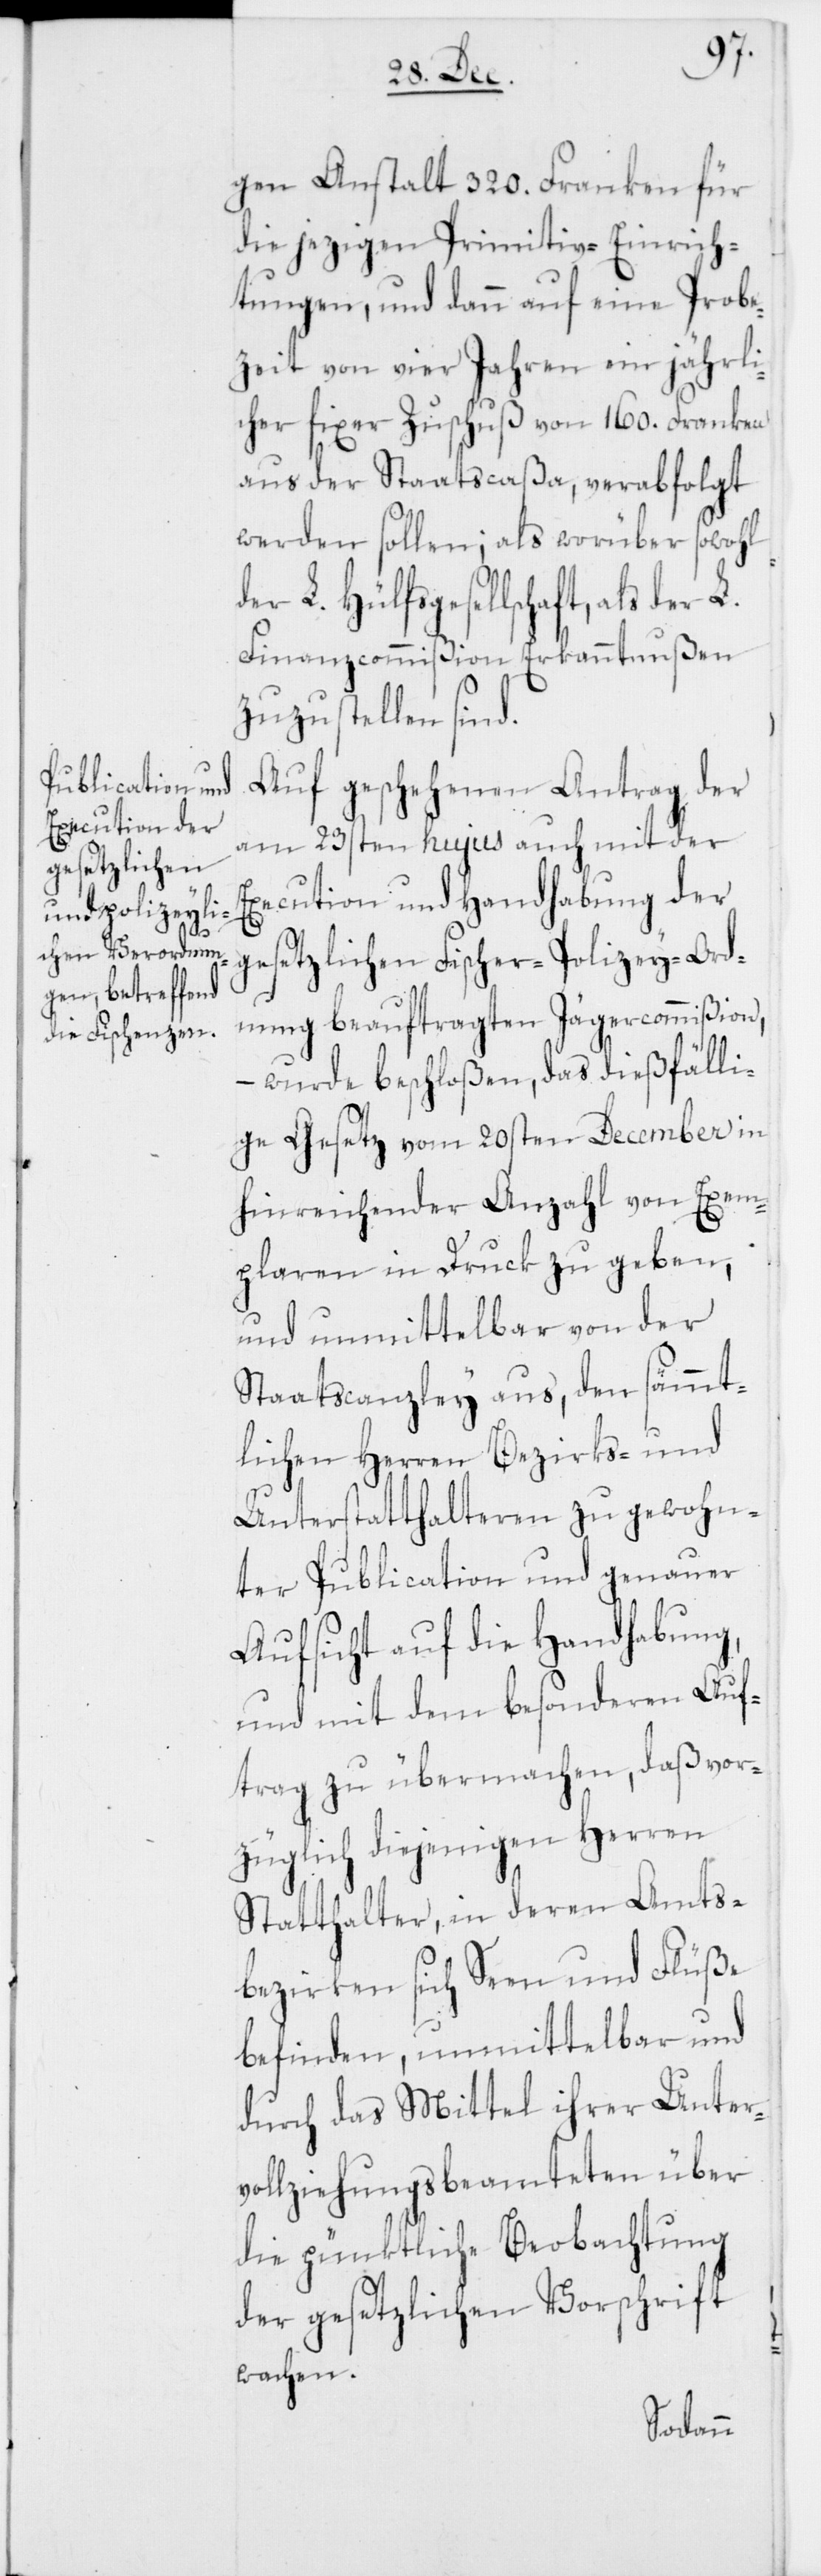
gen Anstalt 320. Franken für
die jezigen Primitiv-Einrich¬
tungen, und dann auf eine Probe¬
zeit von vier Jahren ein jährli¬
cher fixer Zuschuß von 160. Franken
aus der Staatscaßa, verabfolgt
werden sollen; als worüber sowohl
L. Hülfsgesellschaft, als der L.
Finanzcommißion Erkanntnußen
zuzustellen sind.
Auf geschehenen Antrag der
am 23sten hujus auch mit der
Execution und Handhabung der
gesetzlichen Fischer-Polizey-Ord¬
nung beauftragten Jägercommißion,
– wurde beschloßen, das dießfälli¬
ge Gesetz vom 20sten December in
hinreichender Anzahl von Exem¬
plaren in Druck zu geben,
und unmittelbar von der
Staatscanzley aus, den sämmt¬
lichen Herren Bezirks- und
Unterstatthalteren zu gewohn¬
ter Publication und genauer
Aufsicht auf die Handhabung,
und mit dem besonderen Auf¬
trag zu übermachen, daß vor¬
züglich diejenigen Herren
Statthalter, in deren Amts¬
bezirken sich Seen und Flüße
befinden, unmittelbar und
durch das Mittel ihrer Unter¬
vollziehungsbeamteten über
die pünktliche Beobachtung
der gesetzlichen Vorschrift
wachen.